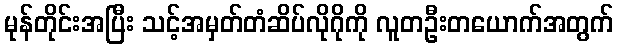
မုန်တိုင်းအပြီး သင့်အမှတ်တံဆိပ်လိုဂိုကို လူတဦးတယောက်အတွက်